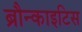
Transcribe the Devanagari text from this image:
ब्रौन्काइटिस